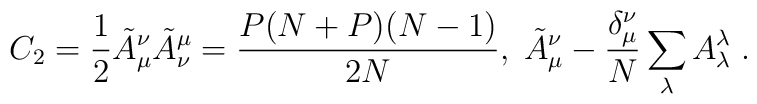
C_{2}=\frac{1}{2}\tilde{A}^{\nu}_{\mu}\tilde{A}^{\mu}_{\nu}=\frac{P(N+P)(N-1)}{2N},\;     \tilde{A}^{\nu}_{\mu}-\frac{\delta_{\mu}^{\nu}}{N}\sum_{\lambda}A^{\lambda}_{\lambda}\;.